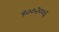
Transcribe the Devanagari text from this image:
१००२००६